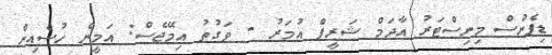
ޑިފެންސް މިނިސްޓަރު އާދަމް ޝަރީފް އުމަރު - ވަގުތު އިމޭޖެސް: އަމީން ހުސެއިން